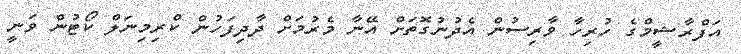
އަފްރާޝީމްގެ ހުރިހާ ވާރިސުން އެދުނުގޮތަށް އޭނާ މެރުމަށް ދާދިފަހުން ކްރިމިނަލް ކޯޓުން ވަނީ